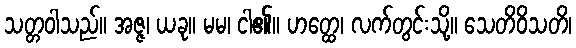
သတ္တဝါသည်။ အဇ္ဇ၊ ယခု။ မမ၊ ငါ၏။ ဟတ္ထေ၊ လက်တွင်းသို့။ သေတိဝိသတိ၊